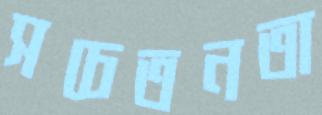
সচেতনতা